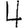
Digit: 4